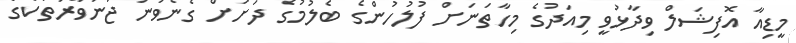
މީޑިއާ އޮފިޝަލް ވިދާޅުވީ މިއަދުގެ މިހާތަނަށް ފުލުހުންގެ ބެލުމުގެ ދަށަށް ގެނެވުނު ޖަނަވާރުތަކުގެ